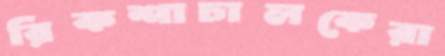
রিকশাচালকেরা